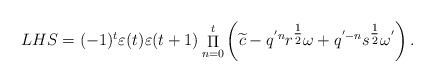
LaTeX: \begin{gather*}LHS = ( - 1){}^t\varepsilon (t)\varepsilon (t + 1)\mathop \Pi \limits_{n = 0}^t \left( {\widetilde{c} - {q^{'n}}{r^{{\textstyle{1 \over 2}}}}\omega + {q^{' - n}}{s^{{\textstyle{1 \over 2}}}}{\omega ^{'}}} \right).\end{gather*}